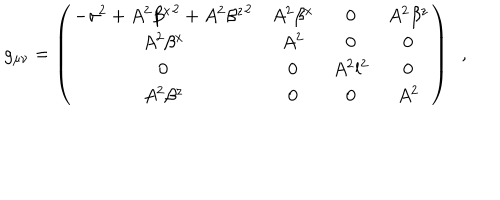
LaTeX: g _ { \mu \nu } = \left( \begin{array} { c c c c } { { - { \sigma } ^ { 2 } + A ^ { 2 } { \beta ^ { x } } ^ { 2 } + A ^ { 2 } { \beta ^ { z } } ^ { 2 } } } & { { A ^ { 2 } \beta ^ { x } } } & { { 0 } } & { { A ^ { 2 } \beta ^ { z } } } \\ { { A ^ { 2 } \beta ^ { x } } } & { { A ^ { 2 } } } & { { 0 } } & { { 0 } } \\ { { 0 } } & { { 0 } } & { { A ^ { 2 } l ^ { 2 } } } & { { 0 } } \\ { { A ^ { 2 } \beta ^ { z } } } & { { 0 } } & { { 0 } } & { { A ^ { 2 } } } \\ \end{array} \right) \; \; ,